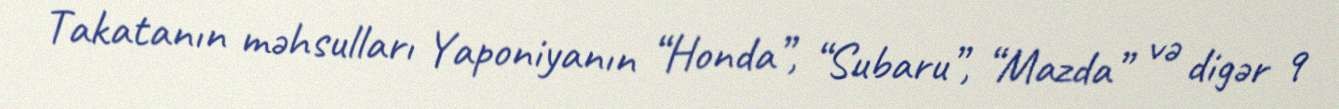
Takatanın məhsulları Yaponiyanın “Honda”, “Subaru”, “Mazda” və digər 9